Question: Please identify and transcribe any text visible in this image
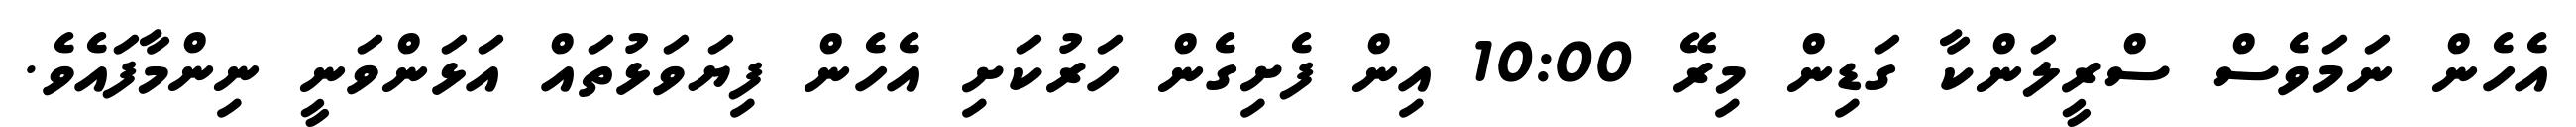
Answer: އެހެން ނަމަވެސް ސްރީލަންކާ ގަޑިން މިރޭ 10:00 އިން ފެށިގެން ހަރުކަށި އެހެން ފިޔަވަޅުތައް އަޅަންވަނީ ނިންމާފައެވެ.